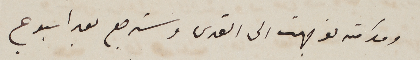
ومدامته توجهت الى القدس وسترجع بعد اسبوع